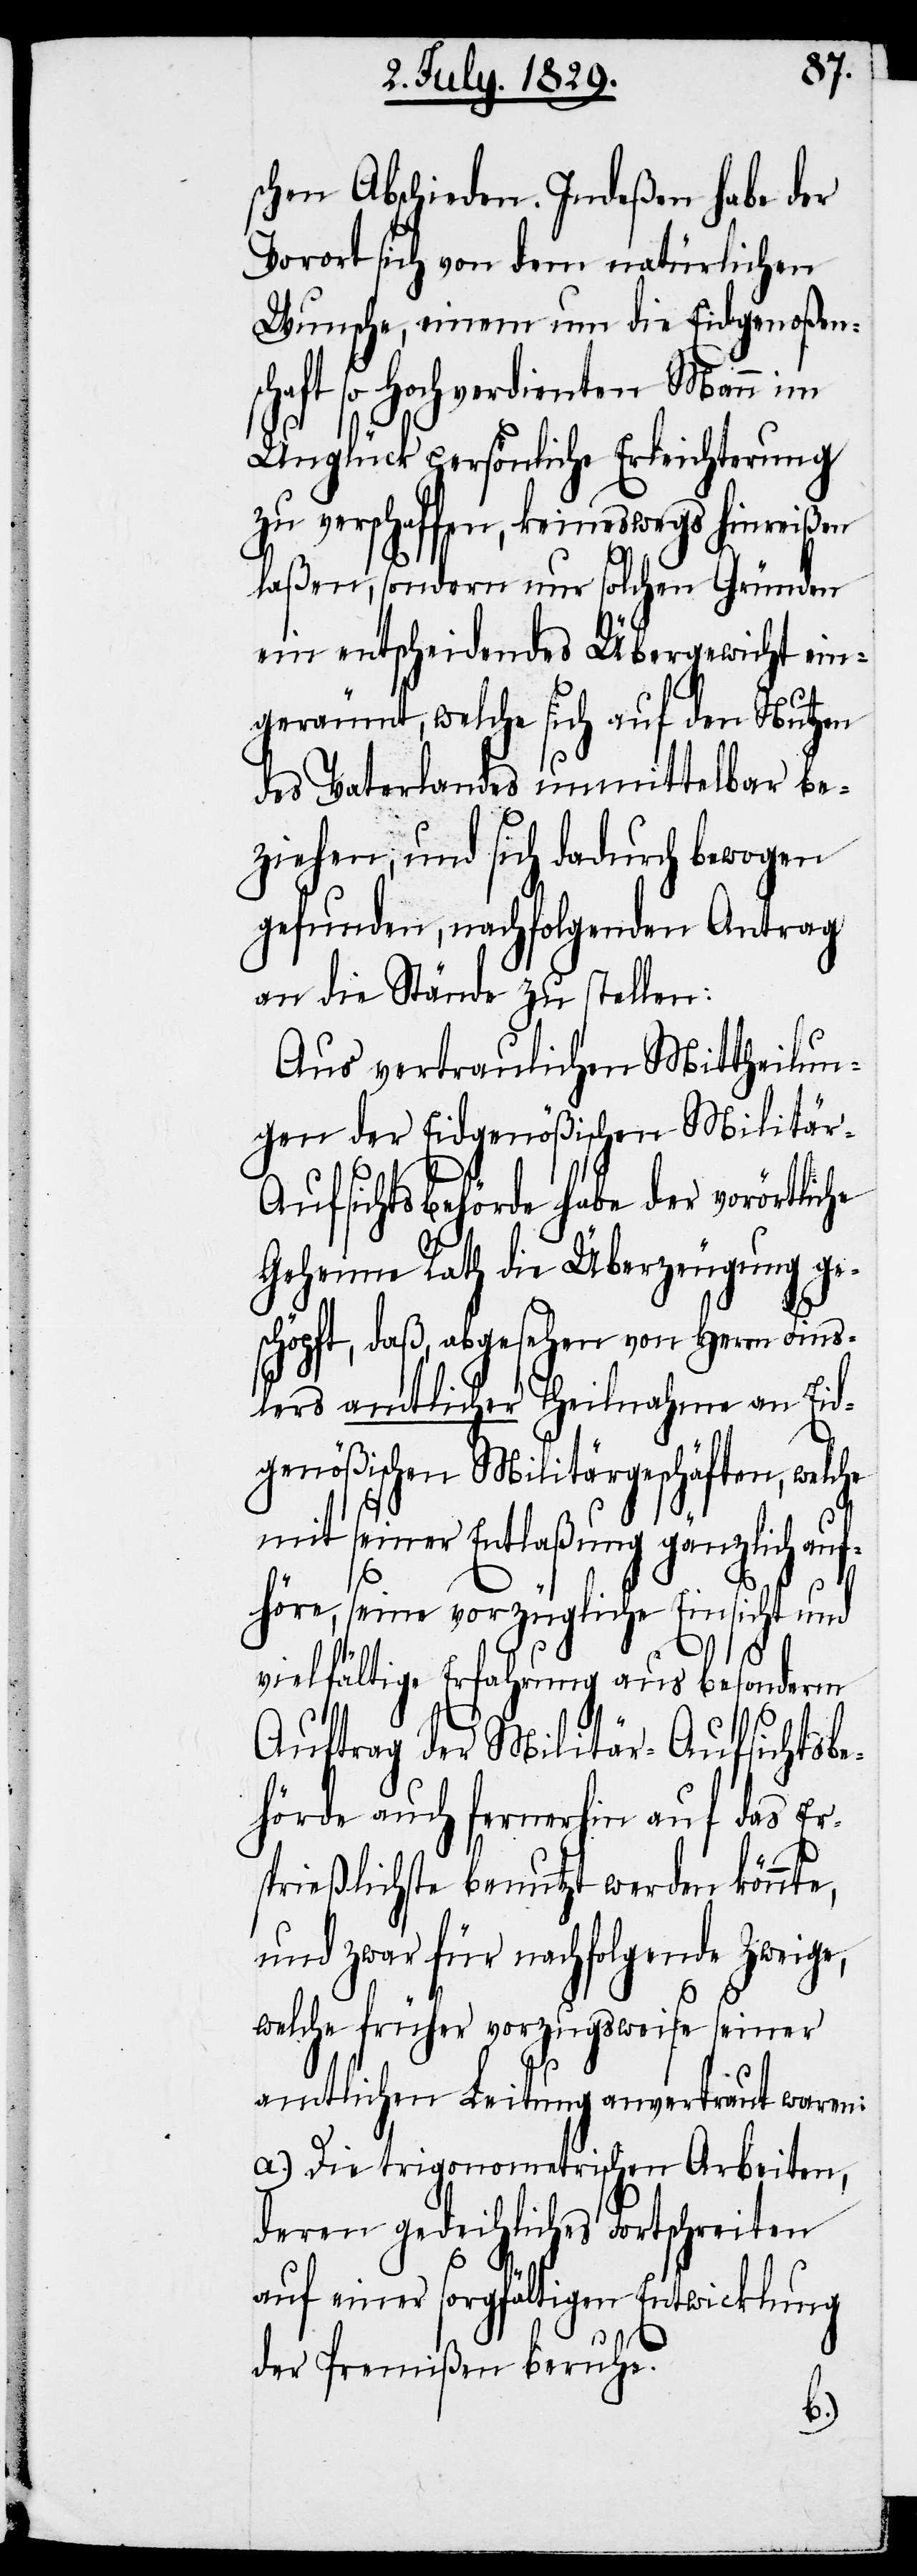
schen Abschieden. Indeßen habe der
Vorort sich von dem natürlichen
Wunsche, einem um die Eidgenoßens¬
chaft so hochverdienten Mann im
Unglück persönliche Erleichterung
zu verschaffen, keineswegs hinreißen
laßen, sondern nur solchen Gründen
ein entscheidendes Übergewicht ein¬
geräumt, welche sich auf den Nutzen
des Vaterlandes unmittelbar be¬
ziehen, und sich dadurch bewogen
gefunden, nachfolgenden Antrag
an die Stände zu stellen:
Aus vertraulichen Mittheilun¬
gen der Eidgenößischen Militär-A¬
ufsichtsbehörde habe der vorörtlic¬
Geheime Rath die Überzeugung ge¬
schöpft, daß, abgesehen von Herrn Fins¬
lers amtlicher Theilnahme an Eid¬
genößischen Militärgeschäften, welche
mit seiner Entlaßung gänzlich auf¬
he
höre, seine vorzügliche Einsicht und
vielfältige Erfahrung aus besonderm
Auftrage der Militär-Aufsichtsbe¬
hörde auch fernerhin auf das Er¬
sprießlichste benutzt werden könnte,
und zwar für nachfolgende Zweige,
welche früher vorzugsweise seiner
amtlichen Leitung anvertraut waren:
a.) Die trigonometrischen Arbeiten,
deren gedeihliches Fortschreiten
auf einer sorgfältigen Entwicklung
der Premißen beruhe.